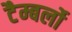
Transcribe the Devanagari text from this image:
टैम्बर्लो